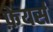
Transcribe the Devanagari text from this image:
फ़ेयर्स